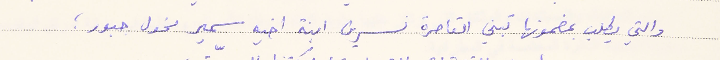
والتي يطلب بمضمونها تبني القاصرة نسرين ابنة اخيه سمير مخول جبور؛